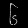
Digit: ၆